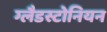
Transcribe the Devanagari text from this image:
ग्लैडस्टोनियन